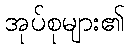
အုပ်စုများ၏